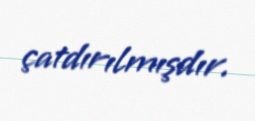
çatdırılmışdır.